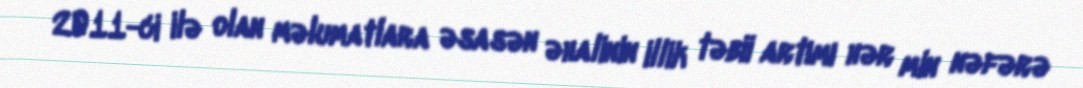
2011-ci ilə olan məlumatlara əsasən əhalinin illik təbii artımı hər min nəfərə